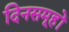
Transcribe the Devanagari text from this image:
दिनसमूहों